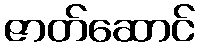
ဇာတ်ဆောင်